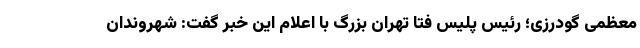
معظمی گودرزی؛ رئیس پلیس فتا تهران بزرگ با اعلام این خبر گفت: شهروندان